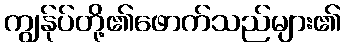
ကျွန်ုပ်တို့၏ဖောက်သည်များ၏